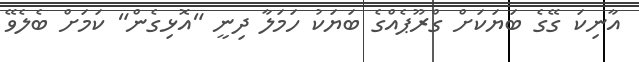
އާނިކަ ގޭގެ ބަޔަކަށް ގްރޫޕެއްގެ ބަޔަކު ހަމަލާ ދިނީ "އޮޅިގެން" ކަމަށް ބެލެވޭ